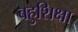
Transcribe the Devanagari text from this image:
बहुशिक्षा